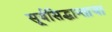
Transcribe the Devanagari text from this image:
सूर्यसिद्धान्ताचा